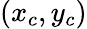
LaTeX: \left(x_{c},y_{c}\right)